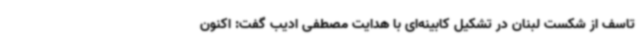
تاسف از شکست لبنان در تشکیل کابینه‌ای با هدایت مصطفی ادیب گفت: اکنون